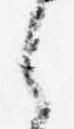
之